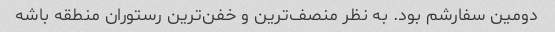
دومین سفارشم بود. به نظر منصف‌ترین و خفن‌ترین رستوران منطقه باشه